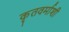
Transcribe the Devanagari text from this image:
कृतवर्माशी